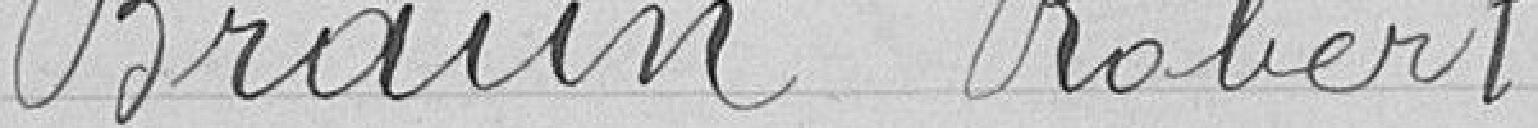
Braun Robert